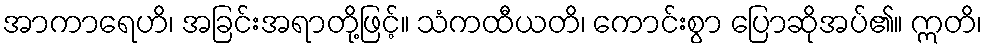
အာကာရေဟိ၊ အခြင်းအရာတို့ဖြင့်။ သံကထီယတိ၊ ကောင်းစွာ ပြောဆိုအပ်၏။ ဣတိ၊